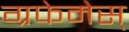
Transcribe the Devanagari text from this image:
ग्रफेमेस्